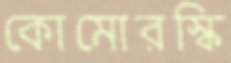
কোমোরস্কি